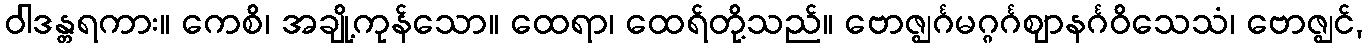
ဝါဒန္တရကား။ ကေစိ၊ အချို့ကုန်သော။ ထေရာ၊ ထေရ်တို့သည်။ ဗောဇ္ဈင်္ဂမဂ္ဂင်္ဂဈာနင်္ဂဝိသေသံ၊ ဗောဇ္ဈင်,